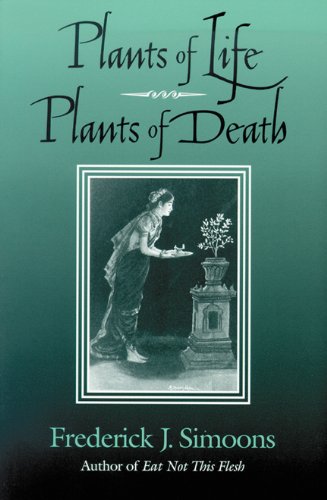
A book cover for Plants of Life, Plants of Death; Frederick J. Simoons; Crafts, Hobbies & Home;